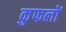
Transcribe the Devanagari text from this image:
कुफलों